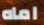
اماه